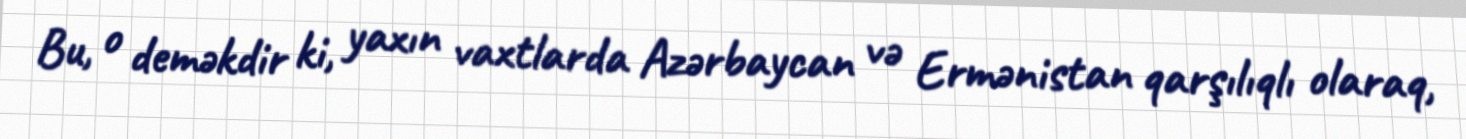
Bu, o deməkdir ki, yaxın vaxtlarda Azərbaycan və Ermənistan qarşılıqlı olaraq,